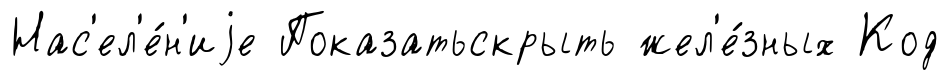
Нас'ел'е́н'иjе Показатьскрыть жел'е́зных Код